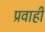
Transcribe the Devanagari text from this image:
प्रवाहीं